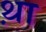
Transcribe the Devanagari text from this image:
थ़ा